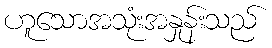
ဟူသောအသုံးအနှုန်းသည်